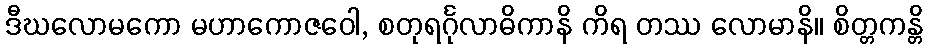
ဒီဃလောမကော မဟာကောဇဝေါ, စတုရင်္ဂုလာဓိကာနိ ကိရ တဿ လောမာနိ။ စိတ္တကန္တိ